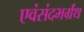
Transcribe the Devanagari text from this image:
एवंसंदभर्ग्रंथ